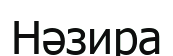
Нәзира